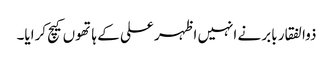
ذوالفقار بابر نے انہیں اظہر علی کے ہاتھوں کیچ کرایا۔